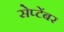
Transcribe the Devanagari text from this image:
सेप्टेंबर